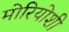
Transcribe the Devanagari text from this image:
मोरियोशी